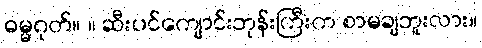
ဓမ္မဂုတ်။ ။ ဆီးပင်ကျောင်းဘုန်းကြီးက စာမချဘူးလား။